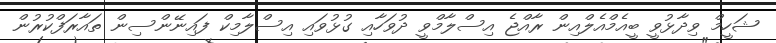
ޝަހީމް ވިދާޅުވީ ބީއެމްއެލްއިން ރާއްޖެ އިސްލާމްވީ ދުވަހާއި ގުޅުވައި އިސްލާމިކް ފައިނޭންސިން ތައާރަފްކުރުން